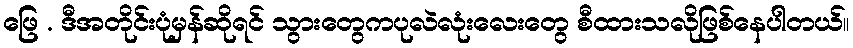
ဖြေ . ဒီအတိုင်းပုံမှန်ဆိုရင် သွားတွေကပုလဲလုံးလေးတွေ စီထားသလိုဖြစ်နေပါတယ်။